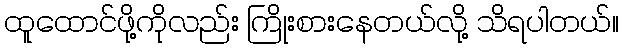
ထူထောင်ဖို့ကိုလည်း ကြိုးစားနေတယ်လို့ သိရပါတယ်။